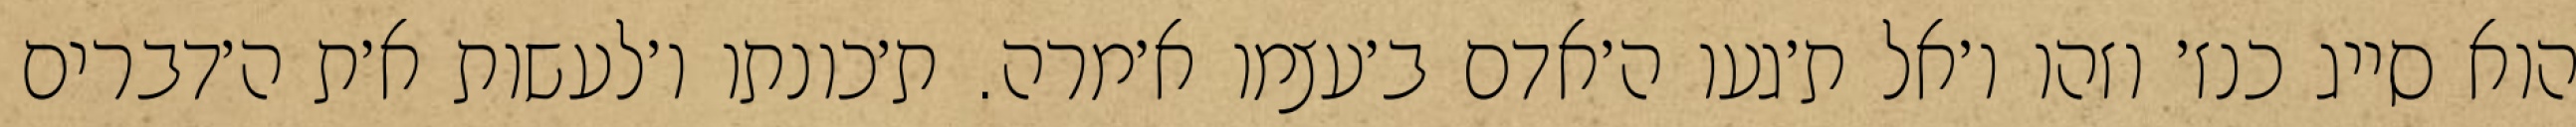
הוא סייג כנז׳ וזהו ו׳אל ת׳געו ה׳אדם ב׳עצמו א׳מרה. ת׳כונתו ו׳לעשות א׳ת ה׳דברים